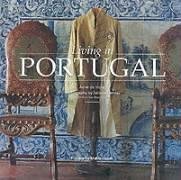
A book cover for Living in Portugal; Anne De Stoop; Travel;